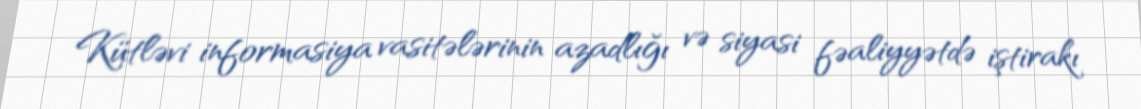
Kütləvi informasiya vasitələrinin azadlığı və siyasi fəaliyyətdə iştirakı